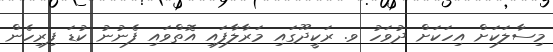
މިސާލަކަށް އިހަކަށް ދުވަހު ވ. ރަކީދޫގައި މަރާލާފައި އޮތްވައި ފެނުނު ކުޑަ ފިރިހެން